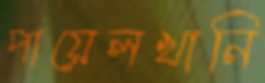
পায়েলখানি